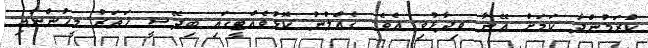
ކުރަމުންދާ ކަަމަށް އޭނާ ވިދާޅުވި އެވެ. ގެއްލުނު ކޮޅުވެއްޓީގައި ބިދޭސީ ހަތަރު މީހުންނާއި